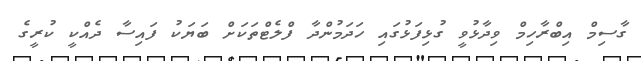
ގާސިމް އިބްރާހިމް ވިދާޅުވީ ގުޅިފަޅުގައި ހަދަމުންދާ ފްލެޓްތަކަށް ބަޔަކު ފައިސާ ދެއްކީ ކުރީގެ